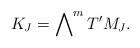
LaTeX: \begin{align*} K_J=\bigwedge\nolimits^m T'M_J.\end{align*}